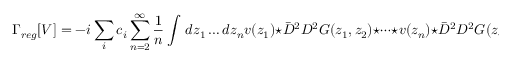
\Gamma _ { r e g } [ V ] = - i \sum _ { i } c _ { i } \sum _ { n = 2 } ^ { \infty } \frac { 1 } { n } \int \, d z _ { 1 } \dots d z _ { n } v ( z _ { 1 } ) \star \bar { D } ^ { 2 } D ^ { 2 } G ( z _ { 1 } , z _ { 2 } ) \star \dots \star v ( z _ { n } ) \star \bar { D } ^ { 2 } D ^ { 2 } G ( z _ { n } , z _ { 1 } ) ,